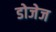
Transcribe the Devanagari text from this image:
डोजेज